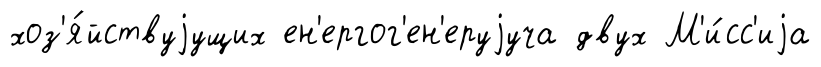
хоз'я́йствуjущих ен'ергог'ен'еруjуча двух М'и́сс'иjа